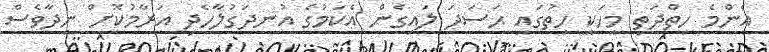
އެންމެ ހިތްދަތި މީހަކީ ހިތުގައި ޙަސަދަ ލައިގެން އެކަމުގެ އުނދަގުލާހެދި އަރާމުކޮށް ނިދާވެސް